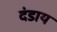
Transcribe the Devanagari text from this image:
दंडाय